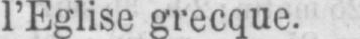
l’Eglise grecque.